Leaving Certificate Examination (including Day School Certificate (Higher) General paper), 1930
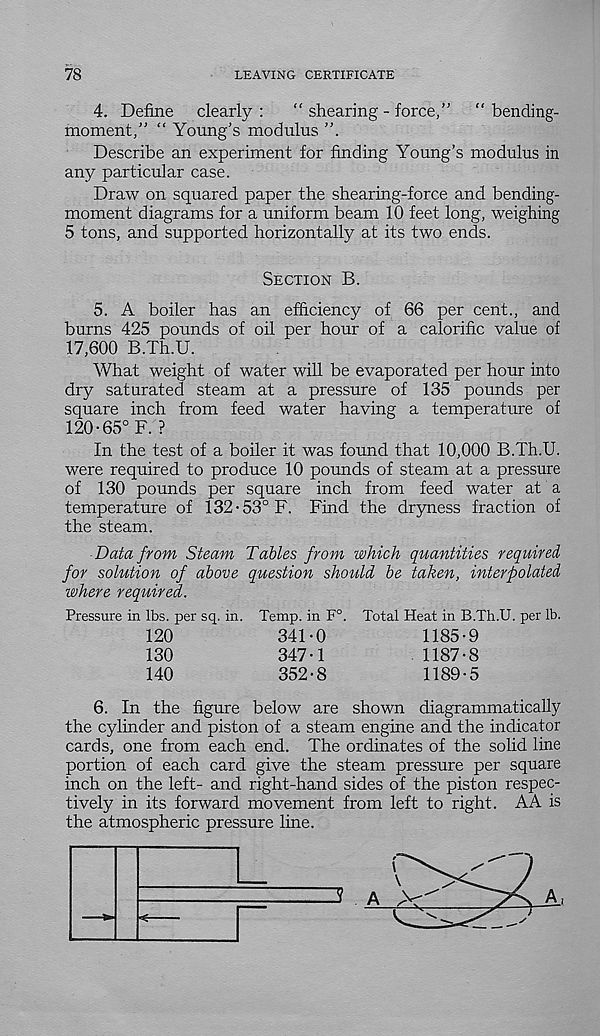
78
LEAVING CERTIFICATE
4. Define clearly :
“ shearing - force,”
“ bending-
moment,” “ Young’s modulus ”.
Describe an experiment for finding Young’s modulus in
any particular case.
Draw on squared paper the shearing-force and bending-
moment diagrams for a uniform beam 10 feet long, weighing
5 tons, and supported horizontally at its two ends.
Section B.
5. A boiler has an efficiency of 66 per cent., and
burns 425 pounds of oil per hour of a calorific value of
17,600 B.Th.U.
What weight of water will be evaporated per hour into
dry saturated steam at a pressure of 135 pounds per
square inch from feed water having a temperature of
120-65°F. ?
In the test of a boiler it was found that 10,000 B.Th.U.
were required to produce 10 pounds of steam at a pressure
of 130 pounds per square inch from feed water at a
temperature of 132-53° F. Find the dryness fraction of
the steam.
Data from Steam Tables from which quantities required,
for solution of above question should be taken, interpolated
where required.
Pressure in lbs. per sq. in. Temp, in F°. Total Heat in B.Th.U. per lb.
120
341-0
1185-9
130
347-1
1187-8
140
352-8
1189-5
6. In the figure below are shown diagrammatically
the cylinder and piston of a steam engine and the indicator
cards, one from each end. The ordinates of the solid line
portion of each card give the steam pressure per square
inch on the left- and right-hand sides of the piston respec-
tively in its forward movement from left to right. AA is
the atmospheric pressure line.